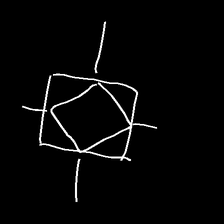
Glyph: light